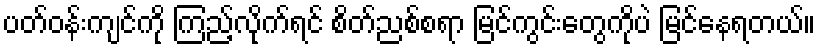
ပတ်ဝန်းကျင်ကို ကြည့်လိုက်ရင် စိတ်ညစ်စရာ မြင်ကွင်းတွေကိုပဲ မြင်နေရတယ်။